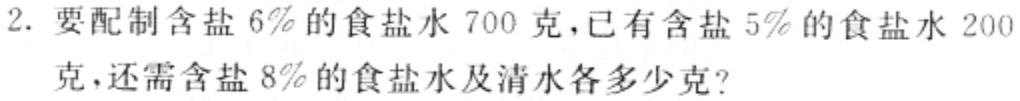
2. 要配制含盐$6\%$的食盐水$700$克，已有含盐$5\%$的食盐水$200$克，还需含盐$8\%$的食盐水及清水各多少克？